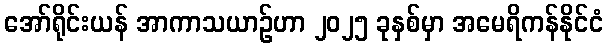
အော်ရိုင်းယန် အာကာသယာဉ်ဟာ ၂၀၂၅ ခုနှစ်မှာ အမေရိကန်နိုင်ငံ